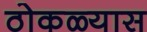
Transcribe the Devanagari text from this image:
ठोकळ्यास